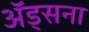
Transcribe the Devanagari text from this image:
अॅड्सना